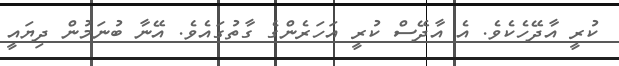
ކުރީ އާދޭހެކެވެ. އެ އާދޭސް ކުރީ އަހަރެންގެ ގާތުގައެވެ. އޭނާ ބުނަމުން ދިޔައީ